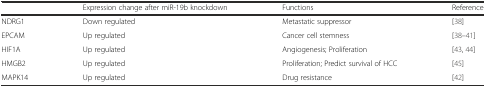
<table><thead><tr><td></td><td><b>Expression change after miR-19b knockdown</b></td><td><b>Functions</b></td><td><b>Reference</b></td></tr></thead><tbody><tr><td>NDRG1</td><td>Down regulated</td><td>Metastatic suppressor</td><td>[38]</td></tr><tr><td>EPCAM</td><td>Up regulated</td><td>Cancer cell stemness</td><td>[38–41]</td></tr><tr><td>HIF1A</td><td>Up regulated</td><td>Angiogenesis; Proliferation</td><td>[43, 44]</td></tr><tr><td>HMGB2</td><td>Up regulated</td><td>Proliferation; Predict survival of HCC</td><td>[45]</td></tr><tr><td>MAPK14</td><td>Up regulated</td><td>Drug resistance</td><td>[42]</td></tr></tbody></table>